Papaver somniferum - Opium : an extract from the sixth volume of the Dictionary of Economic Products of India
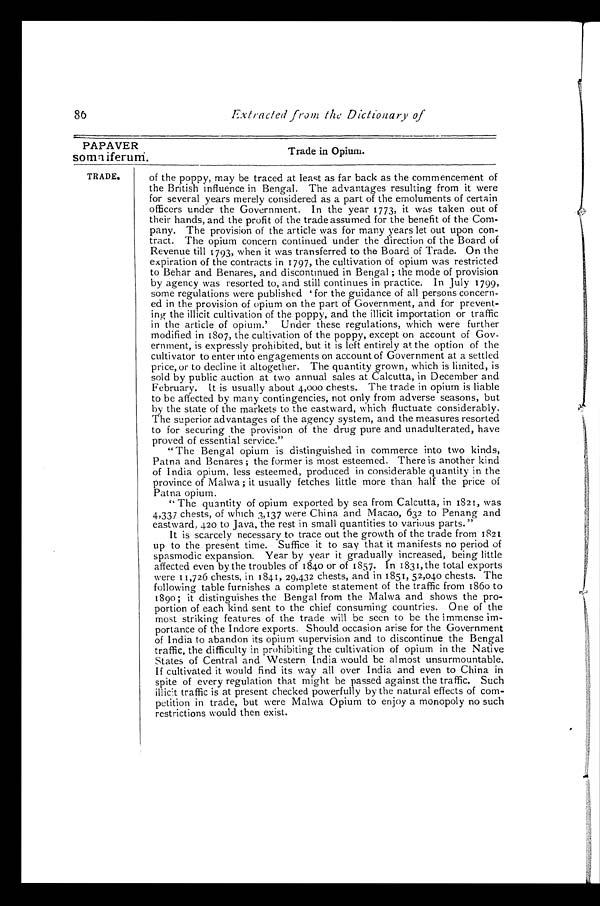
86
Extracted from the Dictionary of
PAPAVER
somniferum.
Trade in Opium.
of the poppy, may be traced at least as far back as the commencement of
the British influence in Bengal. The advantages resulting from it were
for several years merely considered as a part of the emoluments of certain
officers under the Government. In the year 1773, it was taken out of
their hands, and the profit of the trade assumed for the benefit of the Com-
-
pany. The provision of the article was for many years let out upon con-
-
tract. The opium concern continued under the direction of the Board of
Revenue till 1793, when it was transferred to the Board of Trade. On the
expiration of the contracts in 1797, the cultivation of opium was restricted
to Behar and Benares, and discontinued in Bengal; the mode of provision
by agency was resorted to, and still continues in practice. In July 1799,
some regulations were published 'for the guidance of all persons concern-
-
ed in the provision of opium on the part of Government, and for prevent-
-
ing the illicit cultivation of the poppy, and the illicit importation or traffic
in the article of opium.' Under these regulations, which were further
modified in 1807, the cultivation of the poppy, except on account of Gov
-
ernment, is expressly prohibited, but it is left entirely at the option of the
cultivator to enter into engagements on account of Government at a settled
price, or to decline it altogether. The quantity grown, which is limited, is
sold by public auction at two annual sales at Calcutta, in December and
February. It is usually about 4,000 chests. The trade in opium is liable
to be affected by many contingencies, not only from adverse seasons, but
by the state of the markets to the eastward, which fluctuate considerably.
The superior advantages of the agency system, and the measures resorted
to for securing the provision of the drug pure and unadulterated, have
proved of essential service."
"The Bengal opium is distinguished in commerce into two kinds,
Patna and Benares; the former is most esteemed. There is another kind
of India opium, less esteemed, produced in considerable quantity in the
province of Malwa; it usually fetches little more than half the price of
Patna opium.
"The quantity of opium exported by sea from Calcutta, in 1821, was
4,337 chests, of which 3,137 were China and Macao, 632 to Penang and
eastward. 420 to Java, the rest in small quantities to various parts."
It is scarcely necessary to trace out the growth of the trade from 1821
up to the present time. Suffice it to say that it manifests no period of
spasmodic expansion. Year by year it gradually increased, being little
affected even by the troubles of 1840 or of 1857. In 1831, the total exports
were 11,726 chests, in 1841, 29,432 chests, and in 1851, 52,040 chests. The
following table furnishes a complete statement of the traffic from 1860 to
1890; it distinguishes the Bengal from the Malwa and shows the pro--
portion of each kind sent to the chief consuming countries. One of the
most striking features of the trade will be seen to be the immense im--
portance of the Indore exports. Should occasion arise for the Government
of India to abandon its opium supervision and to discontinue the Bengal
traffic, the difficulty in prohibiting the cultivation of opium in the Native
States of Central and Western India would be almost unsurmountable.
If cultivated it would find its way all over India and even to China in
spite of every regulation that might be passed against the traffic. Such
illicit traffic is at present checked powerfully by the natural effects of com--
petition in trade, but were Malwa Opium to enjoy a monopoly no such
restrictions would then exist.
TRADE.